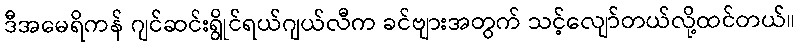
ဒီအမေရိကန် ဂျင်ဆင်းရွိုင်ရယ်ဂျယ်လီက ခင်ဗျားအတွက် သင့်လျော်တယ်လို့ထင်တယ်။